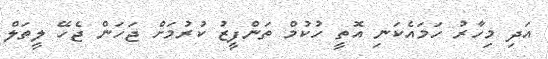
އަދި މިހާރު ހަމައެކަނި އޮތީ ހުކުމް ތަންފީޒު ކުރުމަށް ޖަހަން ޖެހޭ ލީތަލް